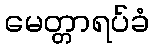
မေတ္တာရပ်ခံ